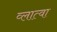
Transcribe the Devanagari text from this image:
व्लात्वा